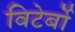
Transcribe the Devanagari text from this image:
विटेर्बो